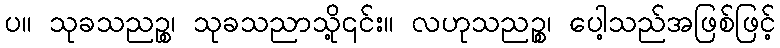
ပ။ သုခသညဉ္စ၊ သုခသညာသို့၎င်း။ လဟုသညဉ္စ၊ ပေါ့သည်အဖြစ်ဖြင့်